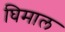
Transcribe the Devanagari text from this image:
घिमाल